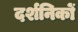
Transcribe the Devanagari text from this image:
दर्शनिकों